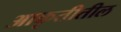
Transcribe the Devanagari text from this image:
आकृतीतील